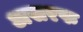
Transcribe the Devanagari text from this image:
असरफ